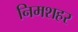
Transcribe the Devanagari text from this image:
निमशहर